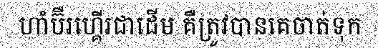
ហាំប៊ឺរហ្គើរជាដើម គឺត្រូវបានគេចាត់ទុក